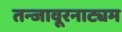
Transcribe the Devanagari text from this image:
तन्‍जावूरनाट्यम